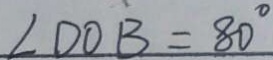
\angle D O B = 8 0 ^ { \circ }